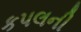
કપલની